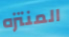
المنتزه